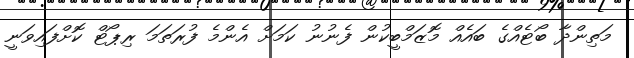
މަތިންދާ ބޯޓެއްގެ ބައެއް މޮޒަމްބީކުން ފެނުނު ކަމަށް އެންމެ ފުރަތަމަ ރިޕޯޓް ކޮށްފައިވަނީ